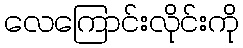
လေကြောင်းလိုင်းကို